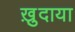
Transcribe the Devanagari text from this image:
ख़ु़दाया